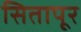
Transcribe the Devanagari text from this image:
सितापूर